Problem: 46 + 44 = ?
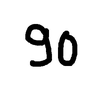
Handwritten answer: 90